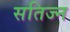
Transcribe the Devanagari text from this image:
सतिज्न